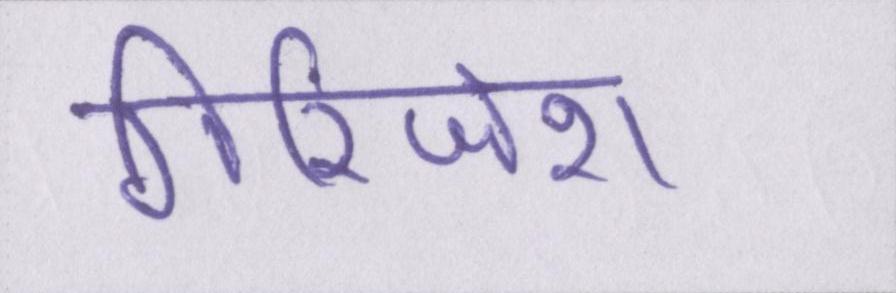
गिरिजेश